Vaccination report Assam 1874-1896 - 1874-1896
Year: 1874
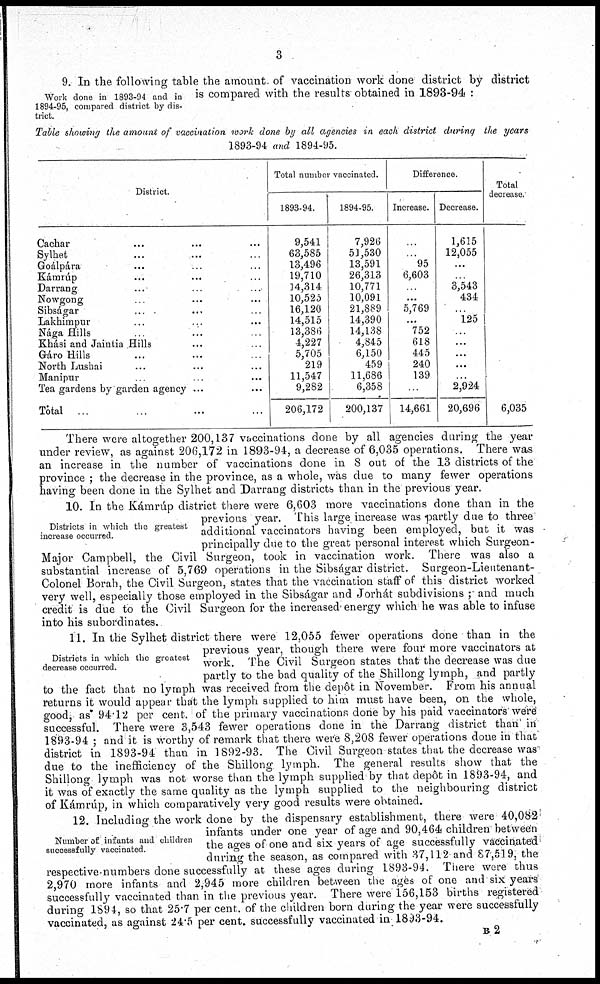
3
Work done in 1893-94 and in
1894-95, compared district by dis-
trict.
9. In the following table the amount of vaccination work done district by district
is compared with the results obtained in 1893-94 :
Table showing the amount of vaccination work done by all agencies in each district during the years
1893-94 and 1894-95.
District.
Cachar ... ... ...
Sylhet ... ... ...
Goálpára ... ...
Kámrúp ... ... ...
Darrang ... ... ...
Nowgong ... ... ...
Sibságar ... ... ...
Lakhimpur ... ... ...
Nága Hills ... ... ...
Khási and Jaintia Hills ... ...
Gáro Hills ... ... ...
North Lushai ... ... ...
Manipur ... ... ...
Tea gardens by garden agency ...
Total ... ... ...
Total number vaccinated.
1893-94.
9,541
63,585
13,496
19,710
14,314
10,525
16,120
14,515
13,386
4,227
5,705
219
11,547
9,282
206,172
1894-95.
7,926
53,530
13,591
26,313
10,771
10,091
21,889
14,390
14,138
4,845
6,150
459
11,686
6,358
200,137
Difference.
Increase.
...
...
95
6,603
...
...
5,769
...
752
618
445
240
139
14,661
Decrease.
1,615
12,055
...
...
3,543
434
...
125
...
...
...
...
...
2,924
20,696
Total
decrease.
6,035
There were altogether 200,137 vaccinations done by all agencies during the year
under review, as against 206,172 in 1893-94, a decrease of 6,035 operations. There was
an increase in the number of vaccinations done in 8 out of the 13 districts of the
province ; the decrease in the province, as a whole, was due to many fewer operations
having been done in the Sylhet and Darrang districts than in the previous year.
Districts in which the greatest
increase occurred.
10. In the Kámrúp district there were 6,603 more vaccinations done than in the
previous year. This large increase was partly due to three
additional vaccinators having been employed, but it was
principally due to the great personal interest which Surgeon-
Major Campbell, the Civil Surgeon, took in vaccination work. There was also a
substantial increase of 5,769 operations in the Sibságar district. Surgeon-Lieutenant-
Colonel Borah, the Civil Surgeon, states that the vaccination staff of this district worked
very well, especially those employed in the Sibságar and Jorhát subdivisions ;- and much
credit is due to the Civil Surgeon for the increased energy which he was able to infuse
into his subordinates.
Districts in which the greatest
decrease occurred.
11. In the Sylhet district there were 12,055 fewer operations done than in the
previous year, though there were four more vaccinators at
work. The Civil Surgeon states that the decrease was due
partly to the bad quality of the Shillong lymph, and partly
to the fact that no lymph was received from the depôt in November. From his annual
returns it would appear that the lymph supplied to him must have been, on the whole,
good, as 94.12 per cent. of the primary vaccinations done by his paid vaccinators were
successful. There were 3,543 fewer operations done in the Darrang district than in
1893-94 ; and it is worthy of remark that there were 8,208 fewer operations done in that
district in 1893-94 than in 1892-93. The Civil Surgeon states that the decrease was
due to the inefficiency of the Shillong lymph. The general results show that the
Shillong lymph was not worse than the lymph supplied by that depôt in 1893-94, and
it was of exactly the same quality as the lymph supplied to the neighbouring district
of Kámrúp, in which comparatively very good results were obtained.
Number of infants and children
successfully vaccinated.
12. Including the work done by the dispensary establishment, there were 40,082
infants under one year of age and 90,464 children between
the ages of one and six years of age successfully vaccinated
during the season, as compared with 37,112 and 87,519, the
respective-numbers done successfully at these ages during 1893-94. There were thus
2,970 more infants and 2,945 more children between the ages of one and six years
successfully vaccinated than in the previous year. There were 156,153 births registered
during 1894, so that 25.7 per cent. of the children born during the year were successfully
vaccinated, as against 24.5 per cent. successfully vaccinated in 1893-94.
B 2